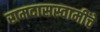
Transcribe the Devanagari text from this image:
रामदासस्वामींचे